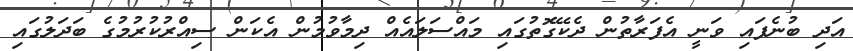
އަދި ބުނެފައި ވަނީ އެފަރާތުން ދެކޭގޮތުގައި މައްސަލައެއް ދިމާވުމުން އެކަން ސިއްރުކުރުމުގެ ބަދަލުގައި